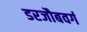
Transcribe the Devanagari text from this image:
डरजौबवर्ग